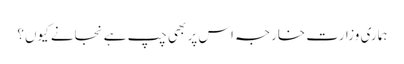
ہماری وزارتِ خارجہ اس پر بھی چپ ہے نجانے کیوں؟